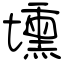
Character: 壎